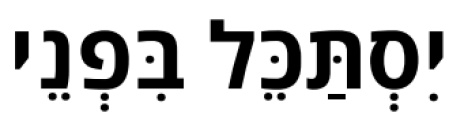
יִסְתַּכֵּל בִּפְנֵי